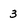
Character: 3